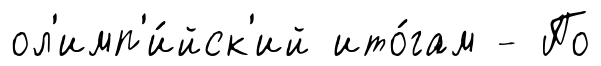
ол'имп'и́йск'ий ито́гам - По